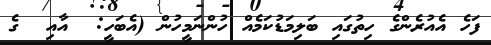
ފަހެ އެއުރެންގެ ހިތުގައި ބަލިމަޑުކަމެއް ހުންނަމީހުން (އެބަހީ:  އާއި  ގެ